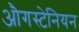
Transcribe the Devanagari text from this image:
औगस्टेनियन